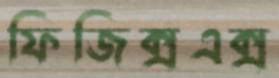
ফিজিক্সএক্স